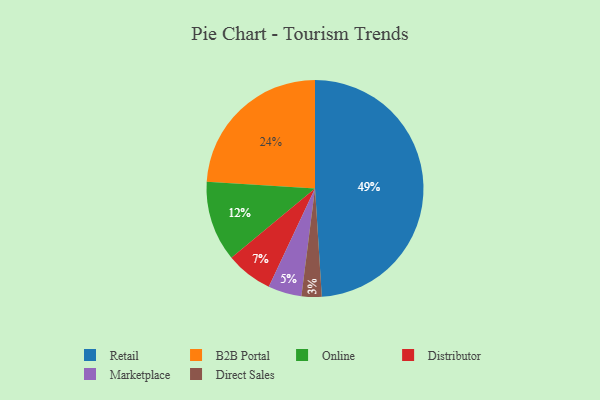
{"axis": {"x": "Category", "y": "Percentage"}, "legend": ["B2B Portal", "Direct Sales", "Distributor", "Marketplace", "Online", "Retail"], "data": [{"x": "Marketplace", "y": 5, "type": "Marketplace"}, {"x": "Retail", "y": 49, "type": "Retail"}, {"x": "B2B Portal", "y": 24, "type": "B2B Portal"}, {"x": "Direct Sales", "y": 3, "type": "Direct Sales"}, {"x": "Distributor", "y": 7, "type": "Distributor"}, {"x": "Online", "y": 12, "type": "Online"}]}